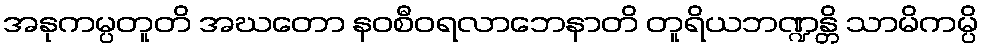
အနုကမ္ပတူတိ အဃတော နဝစီဝရလာဘေနာတိ တူရိယဘဏ္ဍန္တိ သာမိကမ္ပိ